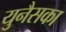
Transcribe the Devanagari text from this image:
युनैसका